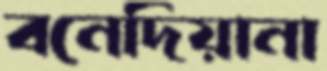
বনেদিয়ানা